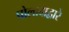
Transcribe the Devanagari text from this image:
पोलादाद्वारे